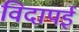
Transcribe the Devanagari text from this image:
विदापई